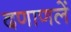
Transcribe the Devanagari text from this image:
दणाणलें